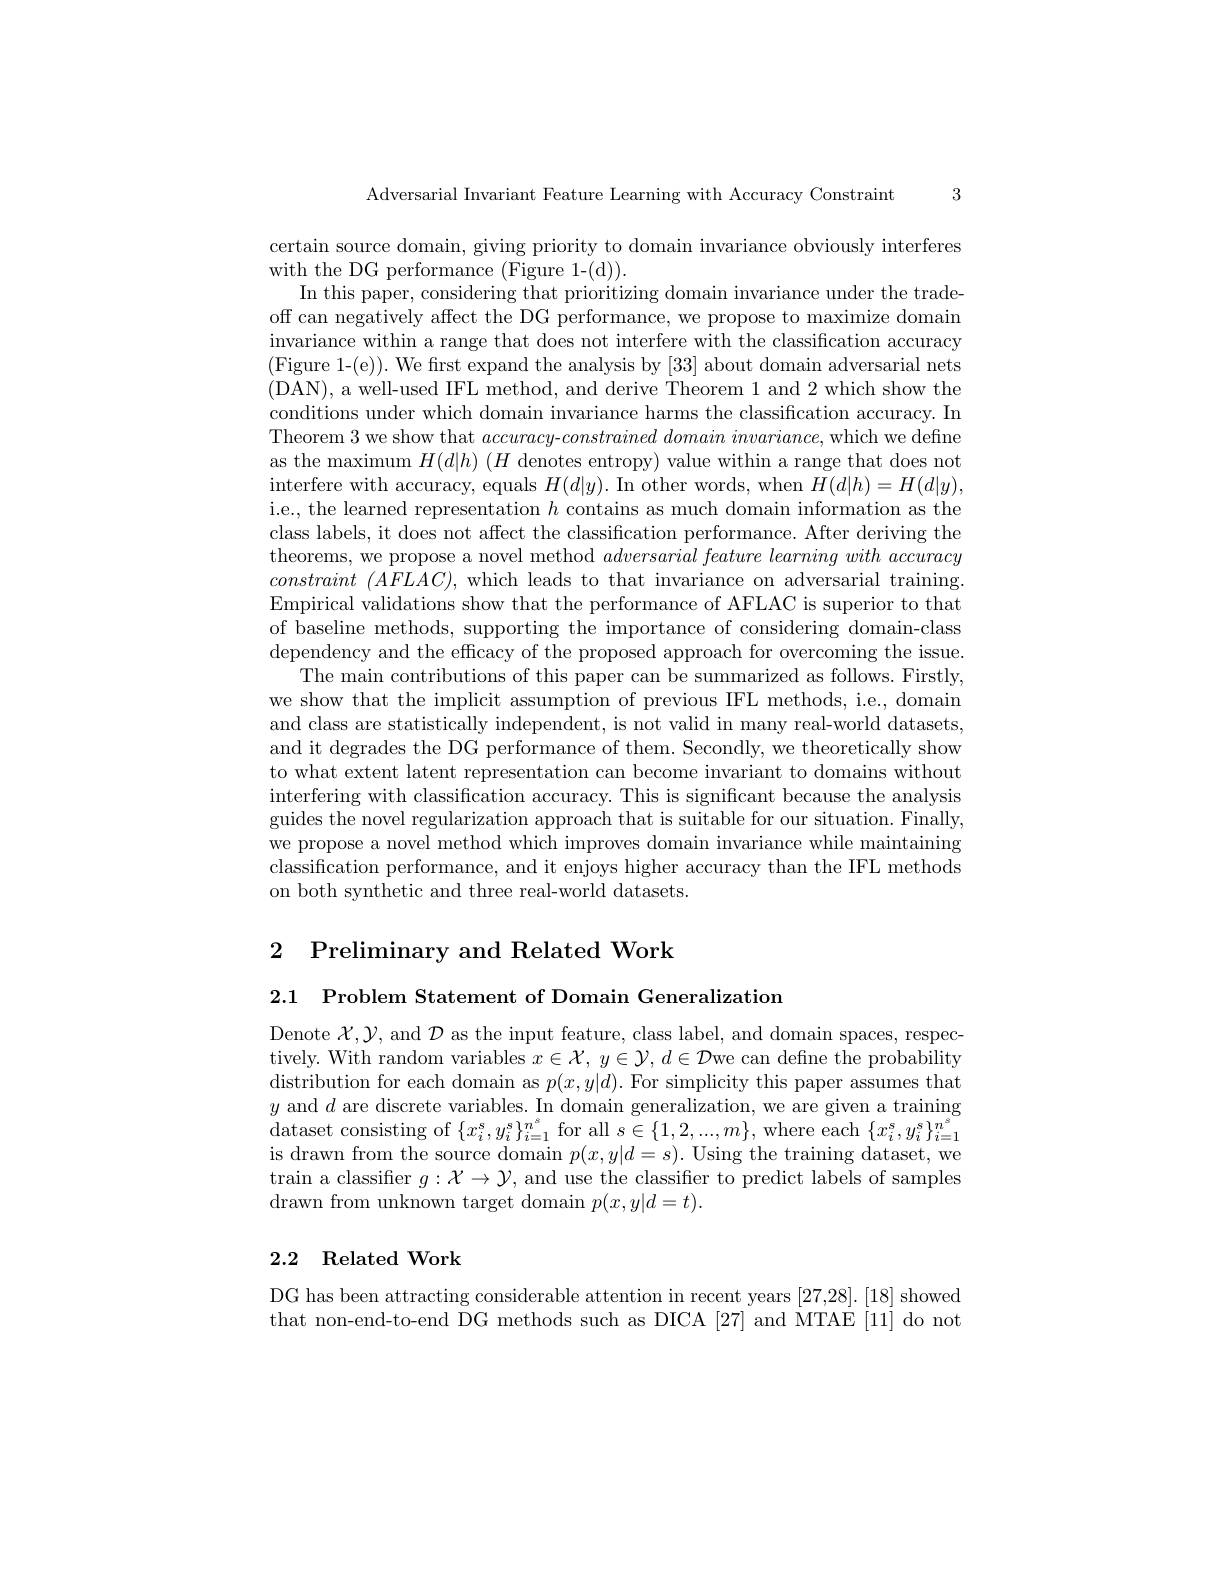
Adversarial Invariant Feature Learning with Accuracy Constraint 3

certain source domain, giving priority to domain invariance obviously interferes
with the DG performance (Figure 1- ( d) ).
In this paper, considering that prioritizing domain invariance under the tradeoff can negatively affect the DG performance, we propose to maximize domain invariance within a range that does not interfere with the classification accuracy (Figure 1-(e)). We first expand the analysis by [33] about domain adversarial nets (DAN), a well-used IFL method, and derive Theorem 1 and 2 which show the conditions under which domain invariance harms the classification accuracy. In Theorem 3 we show that accuracy-constrained $domain\textit{invariance, which we define}$ as the maximum $H(d|h)$ ($H$ denotes entropy) value within a range that does not interfere with accuracy, equals $H(d|y).$ In other words, when $H(d|h)=H(d|y)$, i.e., the learned representation $h$ contains as much domain information as the class labels, it does not affect the classification performance. After deriving the theorems, we propose a novel method $adversarial\textit{feature learning with accuracy}$ constraint $( AFLAC) $, which leads to that invariance on adversarial training. Empirical validations show that the performance of AFLAC is superior to that of baseline methods, supporting the importance of considering domain-class dependency and the efficacy of the proposed approach for overcoming the issue.
The main contributions of this paper can be summarized as follows. Firstly, we show that the implicit assumption of previous IFL methods, i.e., domain and class are statistically independent, is not valid in many real-world datasets, and it degrades the DG performance of them. Secondly, we theoretically show to what extent latent representation can become invariant to domains without interfering with classification accuracy. This is significant because the analysis guides the novel regularization approach that is suitable for our situation. Finally, we propose a novel method which improves domain invariance while maintaining classification performance, and it enjoys higher accuracy than the IFL methods on both synthetic and three real-world datasets.

2 Preliminary and Related Work

2.1 Problem Statement of Domain Generalizatiom

Denote $\mathcal{X},\mathcal{Y}$, and $\mathcal{D}$ as the input feature, class label, and domain spaces, respectively. With random variables $x\in\mathcal{X},y\in\mathcal{Y},d\in\mathcal{D}$we can define the probability distribution for each domain as $p(x,y|d).$ For simplicity this paper assumes that $y$ and $d$ are discrete variables. In domain generalization, we are given a training dataset consisting of $\{ x_{i}^{s}, y_{i}^{s}\} _{i= 1}^{n^{s}}$ for all $s\in\{1,2,...,m\}$,where each $\{x_{i}^{s},y_{i}^{s}\}_{i=1}^{n^{s}}$ is drawn from the source domain $p(x,y|d=s).$ Using the training dataset, we $\operatorname{train}$ a classifier $g:\mathcal{X}\to\mathcal{Y}$, and use the classifier to predict labels of samples drawn from unknown target domain $p(x,y|d=t).$

## 2.2 Related Work

DG has been attracting considerable attention in recent years [27,28].[18] showed that non-end-to-end DG methods such as DICA [27] and MTAE [11] do not